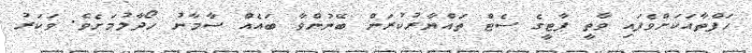
ހަފްތާއަކަށްވެފައި ވާތީ ޕާޓީގެ ސެޓް ތައްޔާރުކުރަން ބޭނުންވާ ބައެއް ސާމާނު ހޯދާލުމަށެވެ. ވަކަރު